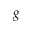
g